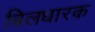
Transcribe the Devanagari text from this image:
बिलधारक